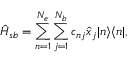
\hat { H } _ { s b } = \sum _ { n = 1 } ^ { N _ { e } } \sum _ { j = 1 } ^ { N _ { b } } c _ { n j } \hat { x } _ { j } | n \rangle \langle n | ,